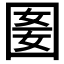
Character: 𡇭